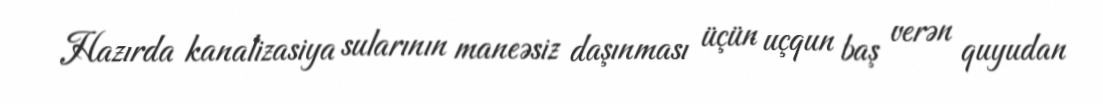
Hazırda kanalizasiya sularının maneəsiz daşınması üçün uçqun baş verən quyudan